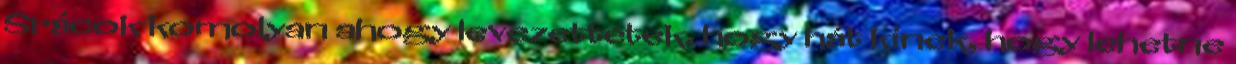
Srácok komolyan ahogy levezettétek, hogy hát kinek, hogy lehetne